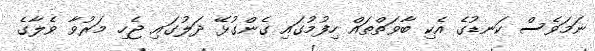
ނަމަވެސް ކަނޑުގެ އެކި ބާވަތްތައް ހިފުމުގައި ގެންގުޅޭ ދަލުގައި ޖެހި މަރުވާ ވެލާގެ